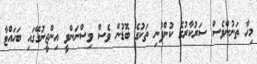
މިހާ ތަނުންވެސް ސަރުކާރުގެ ކުންފުނި ތަކުގެ ބޮޑުން ވެސް ވިސްނަންވީ އިންޖީނުގޭގައި ބަހައްޓާ